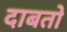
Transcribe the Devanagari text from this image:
दाबतो